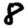
Digit: 8